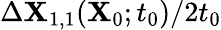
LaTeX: \Delta\mathbf{X}_{1,1}(\mathbf{X}_{0};t_{0})/2t_{0}